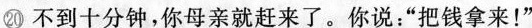
⑳不到十分钟，你母亲就赶来了。你说：“把钱拿来！”